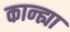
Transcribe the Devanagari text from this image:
कान्ह्या